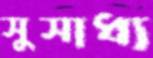
সুসাধ্য